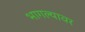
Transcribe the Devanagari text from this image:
भागल्यावर